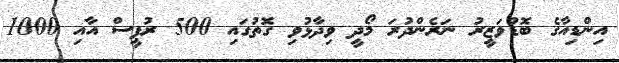
އިންޑިއާގެ ބޮޑުވަޒީރު ނަރެންދުރަ މޯދީ ވިދާޅުވި ގޮތުގައި 500 ރުޕީސް އާއި 1000